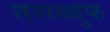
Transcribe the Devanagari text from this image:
तसब्बुफ